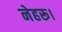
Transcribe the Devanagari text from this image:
नेहरू।